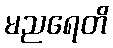
မညရေတိ